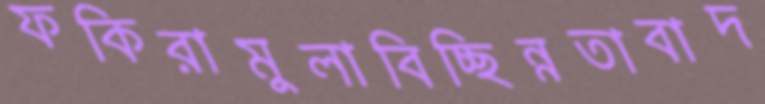
ফকিরামুলাবিচ্ছিন্নতাবাদ